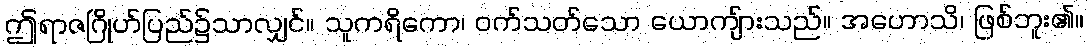
ဤရာဇဂြိုဟ်ပြည်၌သာလျှင်။ သူကရိကော၊ ဝက်သတ်သော ယောကျ်ားသည်။ အဟောသိ၊ ဖြစ်ဘူး၏။